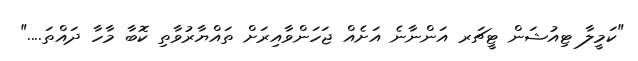
"ކަމީލާ ޓިއުޝަން ޓީޗަރ އަންނާނެ އަށެއް ޖަހަންވާއިރަށް ތައްޔާރުވާތި ކޮބާ މާހާ ދައްތަ...."